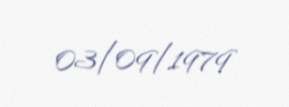
03/09/1979